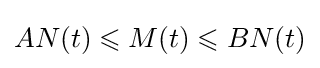
AN(t)\leqslant M(t)\leqslant BN(t)